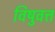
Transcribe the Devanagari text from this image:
विषुवत्त